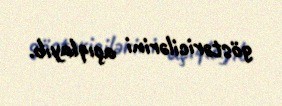
göstəricilərini açıqlayıb.